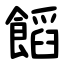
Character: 饀